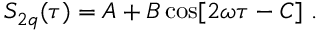
S _ { 2 q } ( \tau ) = A + B \cos [ 2 \omega \tau - C ] \ .